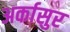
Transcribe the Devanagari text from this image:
अर्कासुर